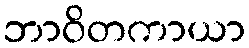
ဘာဝိတကာယာ